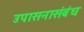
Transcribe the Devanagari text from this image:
उपासनासंबंध